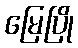
မြေပြို